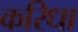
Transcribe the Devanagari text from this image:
करिधा